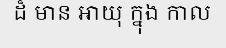
ដ៏ មាន អាយុ ក្នុង កាល